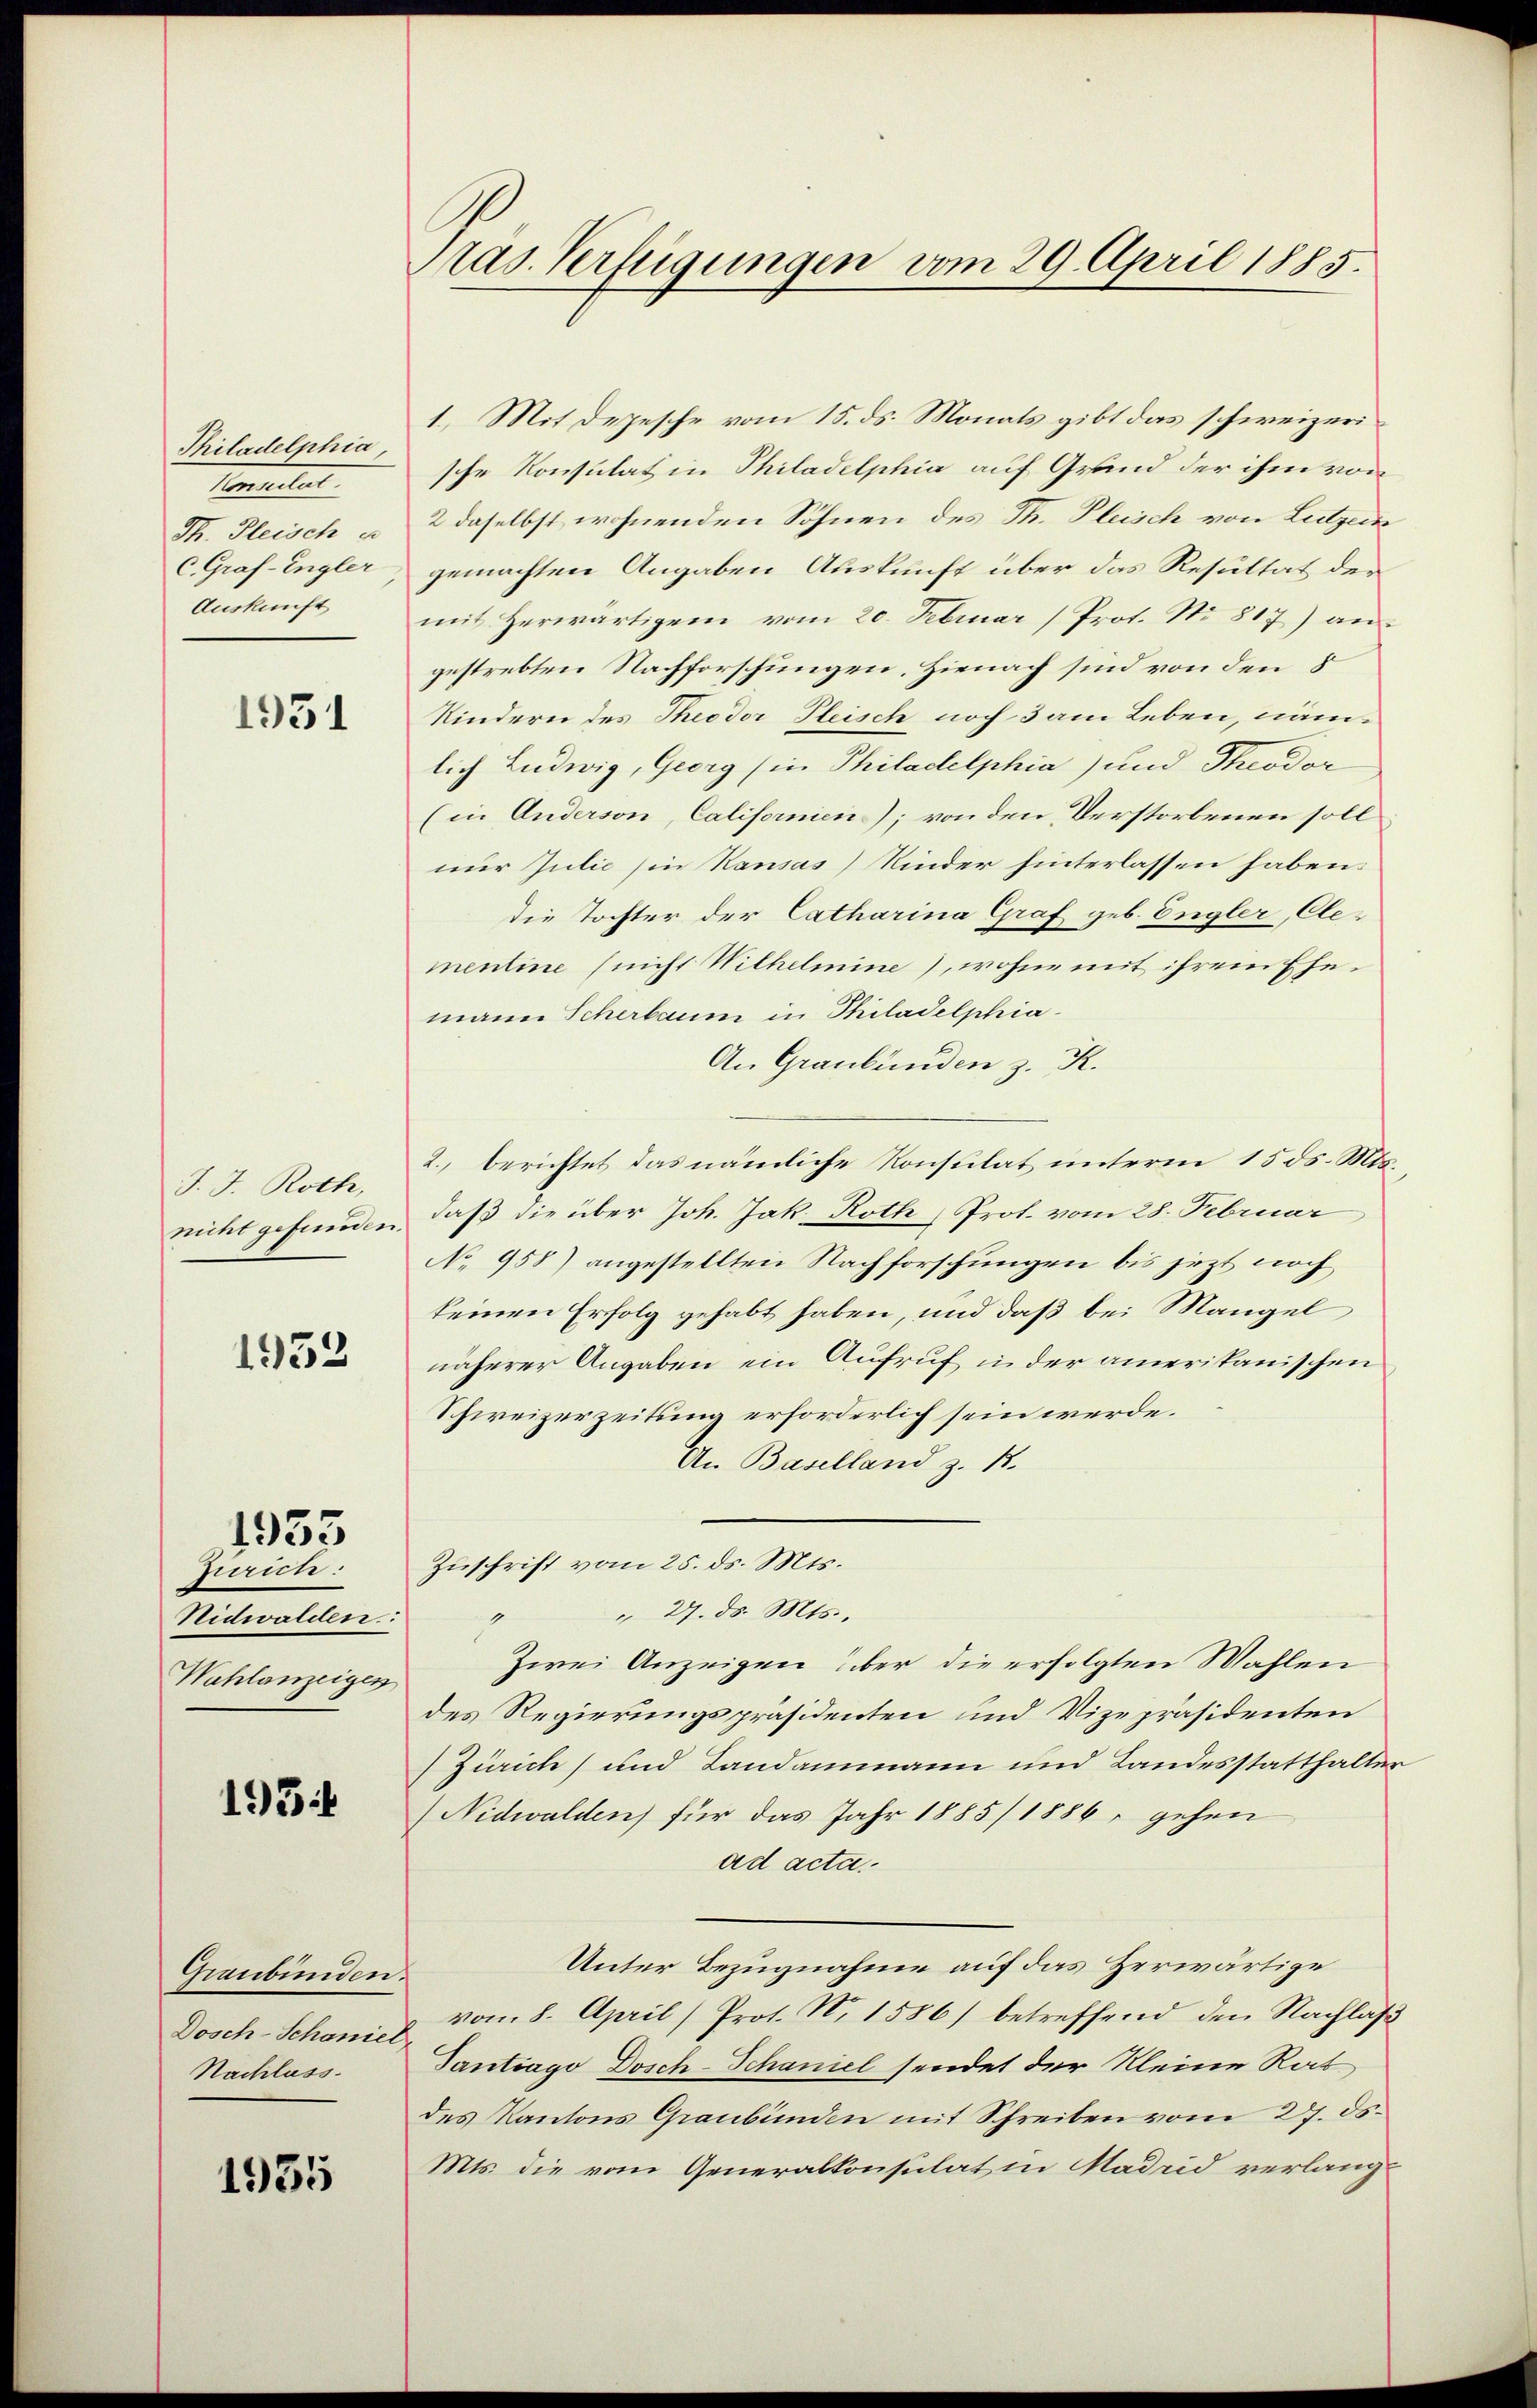
Philadelphia,
Ventitel.
Th. Fleisch u
C. Graf-Engler
Auskunft

1951

J. J. Roth,
nicht gefunden.

1932

1933

Zürich:
Nidwalden.
Wahlanzeigen

195

Graubünden.
Dosch-Schanier
Nachlass

1935

Pras. Verfügungen vom 29. April 1885.

1.) Mit Depesche vom 15. ds. Monats gibt das schweizerische Konsulat in Philadelphia auf Grund der ihm von
2 daselbst wohnenden Söhnen des Th. Plusch von Lutzen
gemachten Angaben Auskunft über das Resultat der
mit herwärtigem vom 20. Februar (Prot. No 817) an
gestrebten Nachforschungen. Hienach sind von den 5
Kindern des Theodor Fleisch noch 3 am Leben, nämlich Ludwig, Georg (in Philadelphia) und Theodor
(in Anderson, Californien); von den Verstorbenen soll
nur Julie (in Kausas) Kinder hinterlassen haben.
die Tochter der Catharina Graf geb. Engler, Clementine (nicht Wilhelmine), wohne mit ihrem Ehemann Scherbaum in Philadelphia¬
An Graubünden z. R.
2. berichtet das nämliche Konsulat unterm 15 ds. Mts.
daß die über Joh. Jak. Roth Prot. vom 28. Februar,
No 958) angestellten Nachforschungen bis jezt noch
keinen Erfolg gehabt haben, und daß bei Mangel
näherer Angaben ein Aufruf in der amerikanischen
Schweizerzeitung erforderlich sein werde.
An Baselland z. B.
Zuschrift vom 25. ds. Mts.
" 27. ds. Mts.,
0
Zwei Anzeigen über die erfolgten Wahlen
des Regierungspräsidenten und Vizepräsidenten
Zürich) und Landammann und Landesstatthalter
Nidwalden) für das Jahr 1885/1886, gehen
ad acta
Unter Bezugnahme auf das Zerwärtige
vom 8. April (Prot. N. 1586) betreffend den Nachlaβ
Tantiago Dosch-Schaniel sendet der kleine Rat
des Kantons Graubünden mit Schreiben vom 27. ds.
Mts. die vom Generalkonsulat in Madrid verlang¬